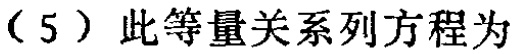
（5）此等量关系列方程为